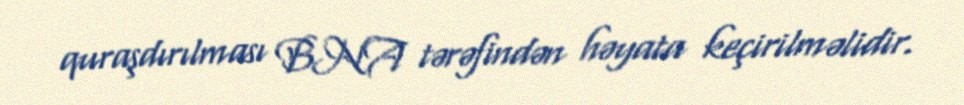
quraşdırılması BNA tərəfindən həyata keçirilməlidir.